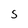
Character: S